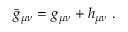
\bar { g } _ { \mu \nu } = g _ { \mu \nu } + h _ { \mu \nu } \ .